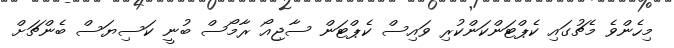
މިހެންވެ މެޗުގައި ކެޕްޓަންކަންކުރި ވައިސް ކެޕްޓަން ސާޖިއޯ ރާމޯސް ބުނީ ކަސިޔަސް ބެންޗަށް